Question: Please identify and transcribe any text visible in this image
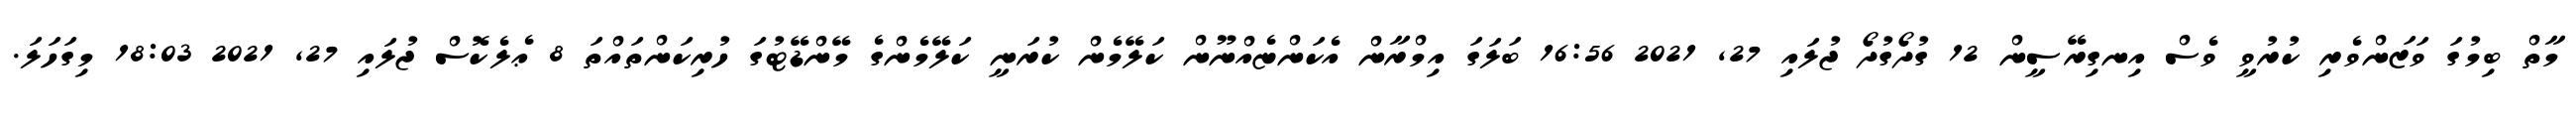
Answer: މާތް ބިމުގަ ވަޒަންވެރި ކުރުވީ ވެސް އިނގިރޭސީން 12 ގުދޯގުދޯ ޖުލައި 27, 2021 16:56 ބަލަގަ އިމްރާން އެކަންޏެއްނޫން ކަލޭމެން ކުރަނީ ކަލޭމެންގެ މޭންޑޭޓުގަ ހުރިކަންތައްތަ 8 ޢެލެކޮސް ޖުލައި 27, 2021 18:03 މިގަހަލަ.